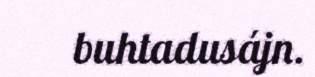
buhtadusájn.